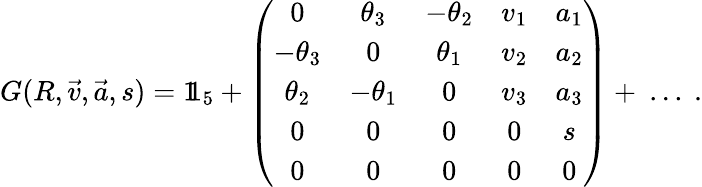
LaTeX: G(R,{\vec{v}},{\vec{a}},s)=1\! \! 1_{5}+\left({\begin{array}{ccccc}{0}&{\theta_{3}}&{-\theta_{2}}&{v_{1}}&{a_{1}}\\ {-\theta_{3}}&{0}&{\theta_{1}}&{v_{2}}&{a_{2}}\\ {\theta_{2}}&{-\theta_{1}}&{0}&{v_{3}}&{a_{3}}\\ {0}&{0}&{0}&{0}&{s}\\ {0}&{0}&{0}&{0}&{0}\end{array}}\right)+\ ...~.